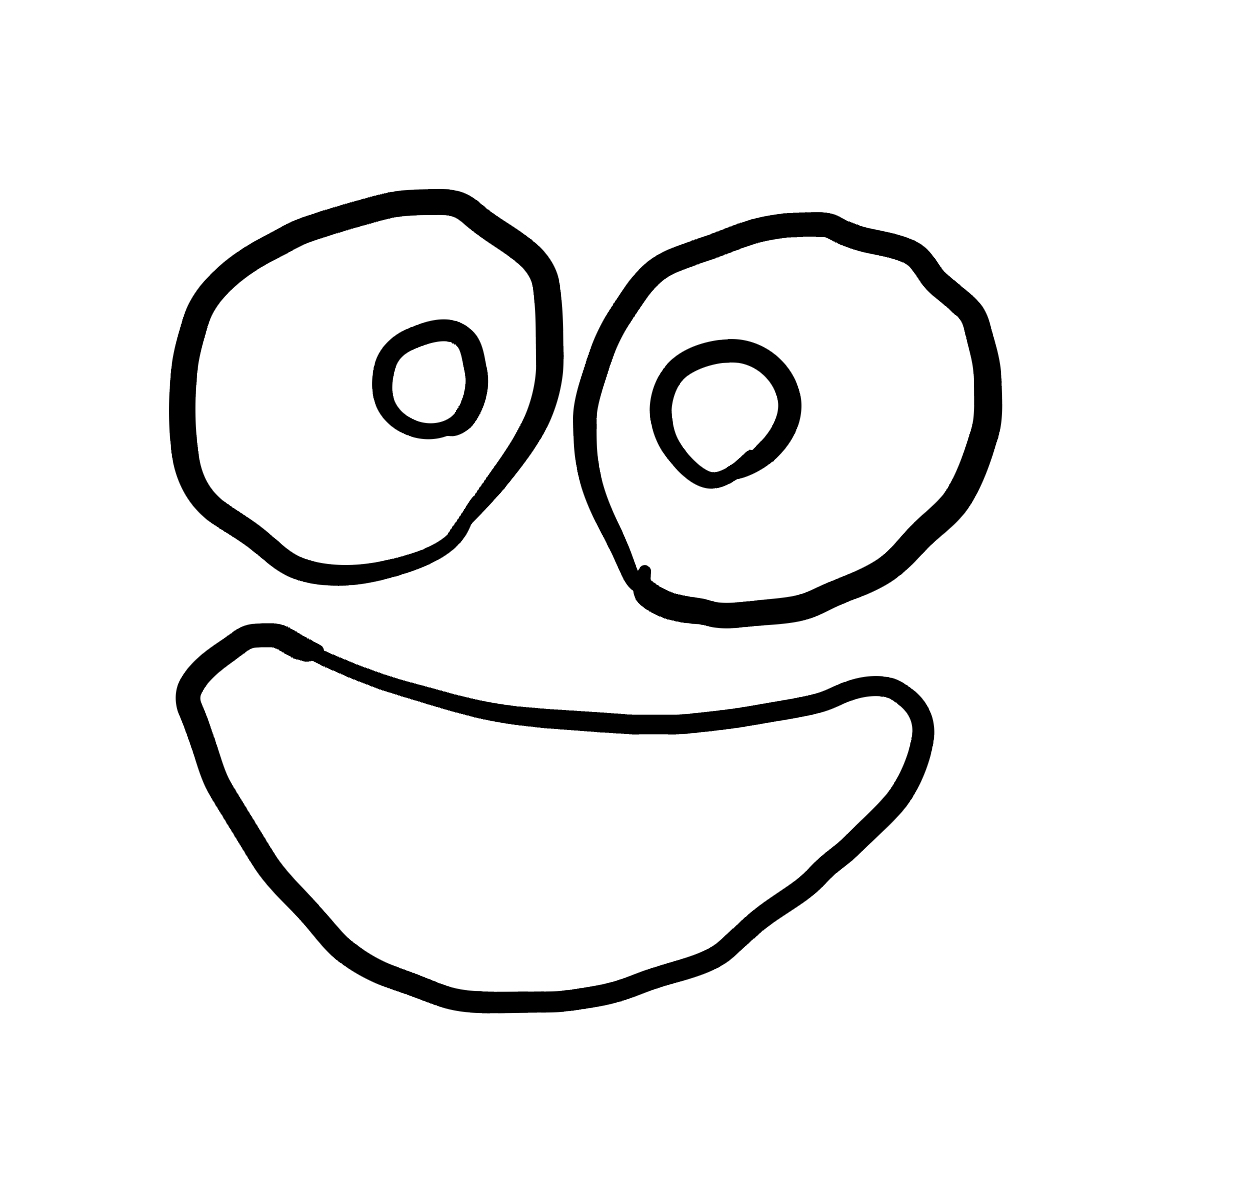
Number of regions (including the outer root region): 6
Containment tree edges (parent, child): 0, 1, 0, 2, 0, 4, 2, 3, 4, 5